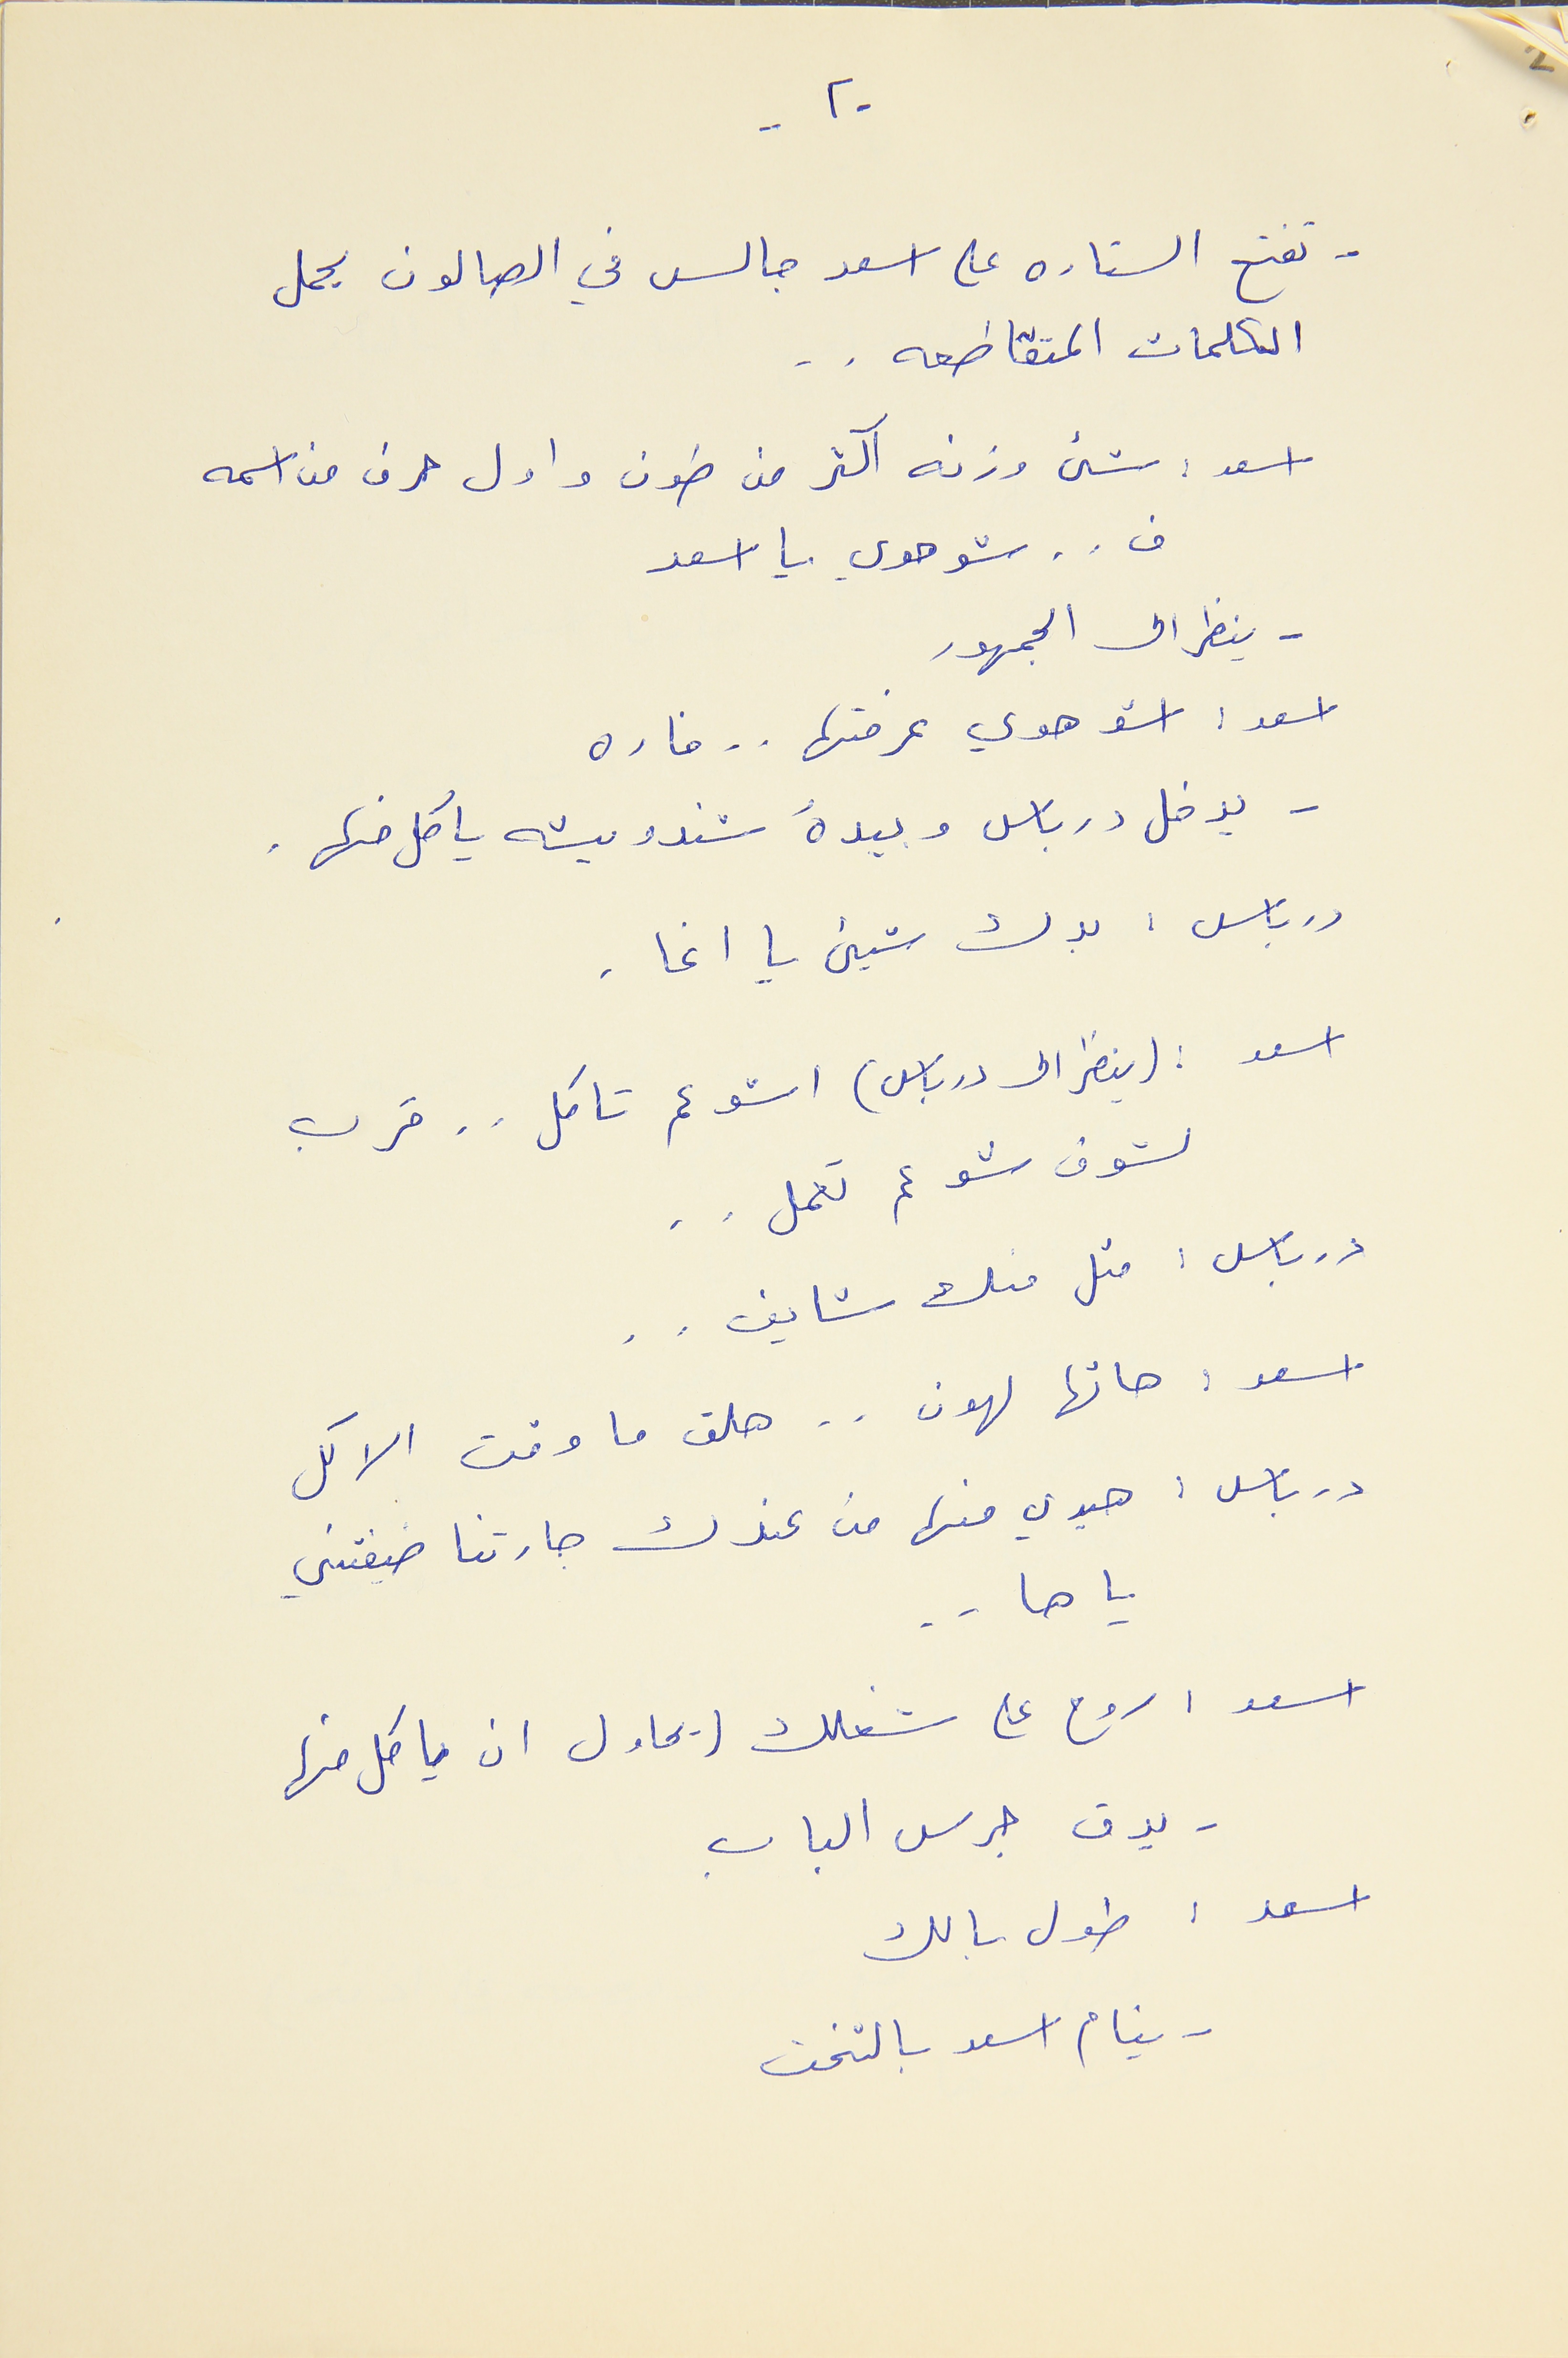
- ٢ -
- تفتح الستاره على اسعد جالس في الصالون يحمل
الكلمات المتقاطعه . .
اسعد : شىء وزنه اكثر من طون واول حرف من اسمه
ف . . شو هوي يا اسعد
- ينظر الى الجمهور
اسعد : اشو هوي عرفتها . . فاره
- يدخل درباس وبيدهُ سندويشه ياكل منها.
درباس : بدك شيىء يا اغا .
اسعد : (ينظر الى درباس) اشو عم تاكل . . قرب
لشوف شو عم تعمل . .
درباس : متل منك شايف . .
اسعد : هاتها لهون . . هلق ما وقت الاكل
درباس : هيدي منها من عندك جارتنا ضيفتني
ياها . .
اسعد : روح على شغلك (يحاول ان ياكل منها
- يدق جرس الباب
اسعد : طول بالك
- ينام اسعد بالتخت
2